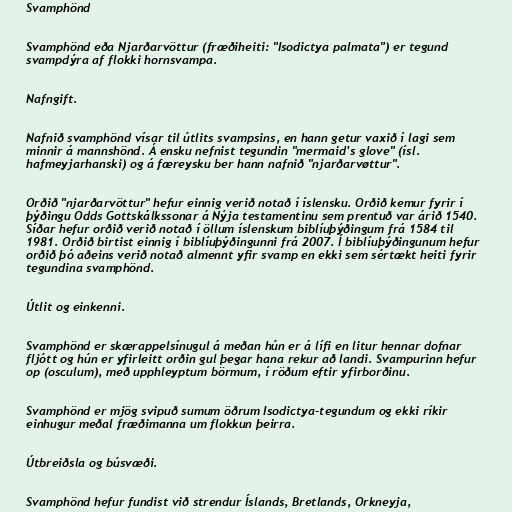
Svamphönd

Svamphönd eða Njarðarvöttur (fræðiheiti: "Isodictya palmata") er tegund
svampdýra af flokki hornsvampa.

Nafngift.

Nafnið svamphönd vísar til útlits svampsins, en hann getur vaxið í lagi sem
minnir á mannshönd. Á ensku nefnist tegundin "mermaid's glove" (ísl.
hafmeyjarhanski) og á færeysku ber hann nafnið "njarðarvøttur".

Orðið "njarðarvöttur" hefur einnig verið notað í íslensku. Orðið kemur fyrir í
þýðingu Odds Gottskálkssonar á Nýja testamentinu sem prentuð var árið 1540.
Síðar hefur orðið verið notað í öllum íslenskum biblíuþýðingum frá 1584 til
1981. Orðið birtist einnig í biblíuþýðingunni frá 2007. Í biblíuþýðingunum hefur
orðið þó aðeins verið notað almennt yfir svamp en ekki sem sértækt heiti fyrir
tegundina svamphönd.

Útlit og einkenni.

Svamphönd er skærappelsínugul á meðan hún er á lífi en litur hennar dofnar
fljótt og hún er yfirleitt orðin gul þegar hana rekur að landi. Svampurinn hefur
op (osculum), með upphleyptum börmum, í röðum eftir yfirborðinu.

Svamphönd er mjög svipuð sumum öðrum Isodictya-tegundum og ekki ríkir
einhugur meðal fræðimanna um flokkun þeirra.

Útbreiðsla og búsvæði.

Svamphönd hefur fundist við strendur Íslands, Bretlands, Orkneyja,